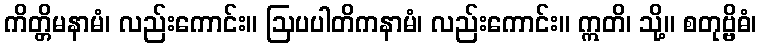
ကိတ္တိမနာမံ၊ လည်းကောင်း။ ဩပပါတိကနာမံ၊ လည်းကောင်း။ ဣတိ၊ သို့။ စတုဗ္ဗိဓံ၊